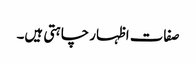
صفات اظہار چاہتی ہیں۔